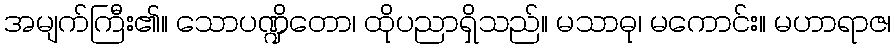
အမျက်ကြီး၏။ သောပဏ္ဍိတော၊ ထိုပညာရှိသည်။ မသာဓု၊ မကောင်း။ မဟာရာဇ၊